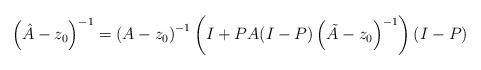
LaTeX: \begin{align*}\left( \hat{A}-z_{0} \right)^{-1}=\left( A-z_{0} \right)^{-1}\left( I+PA{\left( I-P \right)\left( \tilde{A}-z_{0} \right)}^{-1} \right)(I-P)\end{align*}